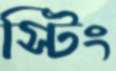
স্টিং